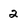
Character: 2